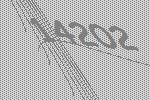
14202